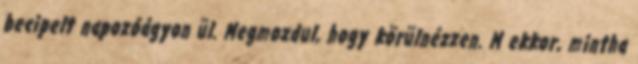
becipelt napozóágyon ül. Megmozdul, hogy körülnézzen. M ekkor, mintha